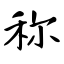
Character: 称